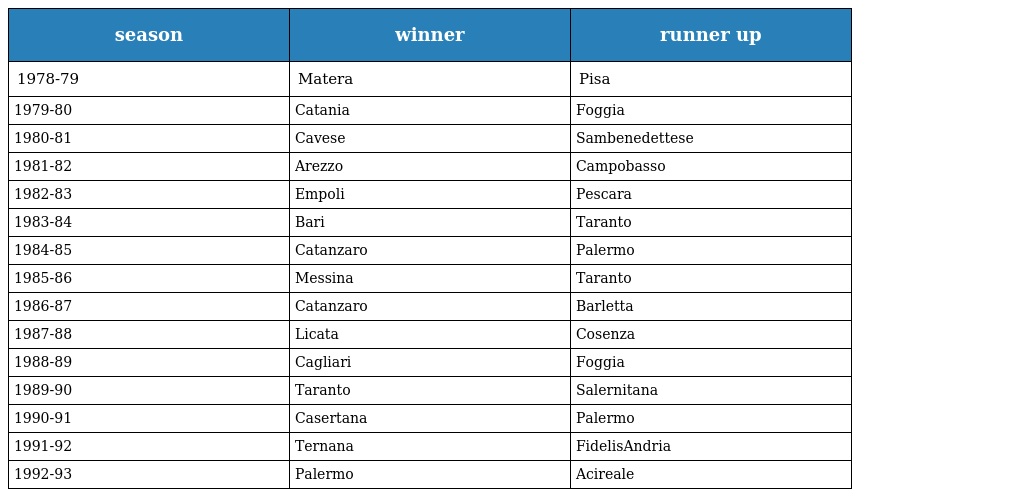
| season | winner | runner up |
 | --- | --- | --- |
 | 1978-79 | Matera | Pisa |
 | 1979-80 | Catania | Foggia |
 | 1980-81 | Cavese | Sambenedettese |
 | 1981-82 | Arezzo | Campobasso |
 | 1982-83 | Empoli | Pescara |
 | 1983-84 | Bari | Taranto |
 | 1984-85 | Catanzaro | Palermo |
 | 1985-86 | Messina | Taranto |
 | 1986-87 | Catanzaro | Barletta |
 | 1987-88 | Licata | Cosenza |
 | 1988-89 | Cagliari | Foggia |
 | 1989-90 | Taranto | Salernitana |
 | 1990-91 | Casertana | Palermo |
 | 1991-92 | Ternana | FidelisAndria |
 | 1992-93 | Palermo | Acireale |